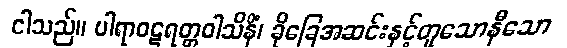
ငါသည်။ ပါရာဝဋရတ္တဝါသိနိံ၊ ခိုခြေအဆင်းနှင့်တူသောနီသော